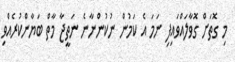
މި ގޮތަށް ގޮވާލައްވައިފި ނަމަ އެ ކަމުން ނުކުންނާނެ ނަތީޖާ މާތް ބަޔާންކުރެއްވި